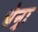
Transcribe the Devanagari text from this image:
धेनुः